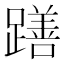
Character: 𮜖